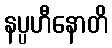
နပ္ပဟီနောတိ